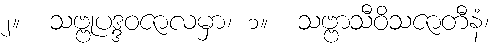
၂။  သဗ္ဗုပဒ္ဒဝဇာလမှာ၊ ၁။  သဗ္ဗာသီဝိသဇာတီနံ၊